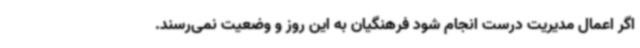
اگر اعمال مدیریت درست انجام شود فرهنگیان به این روز و وضعیت نمی‌رسند.